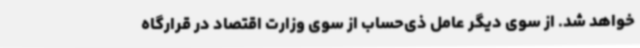
خواهد شد. از سوی دیگر عامل ذی‌حساب از سوی وزارت اقتصاد در قرارگاه